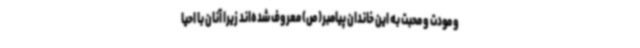
و مودت و محبت به این خاندان پیامبر(ص) معروف شده‌اند زیرا آنان با احیا